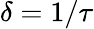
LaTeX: \delta=1/\tau